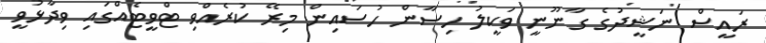
ރައީސް ނަޝީދުގެ ގާނޫނީ ވަކީލު ހިސާން ހުސައިން މިރޭ ކުރެއްވި ޓްވީޓެއްގައި ވިދާޅުވީ